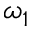
\omega _ { 1 }